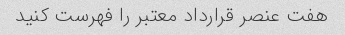
هفت عنصر قرارداد معتبر را فهرست کنید